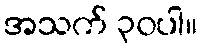
အသက် ၃၀ပါ။